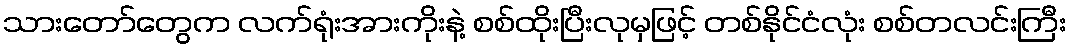
သားတော်တွေက လက်ရုံးအားကိုးနဲ့ စစ်ထိုးပြီးလုမှဖြင့် တစ်နိုင်ငံလုံး စစ်တလင်းကြီး